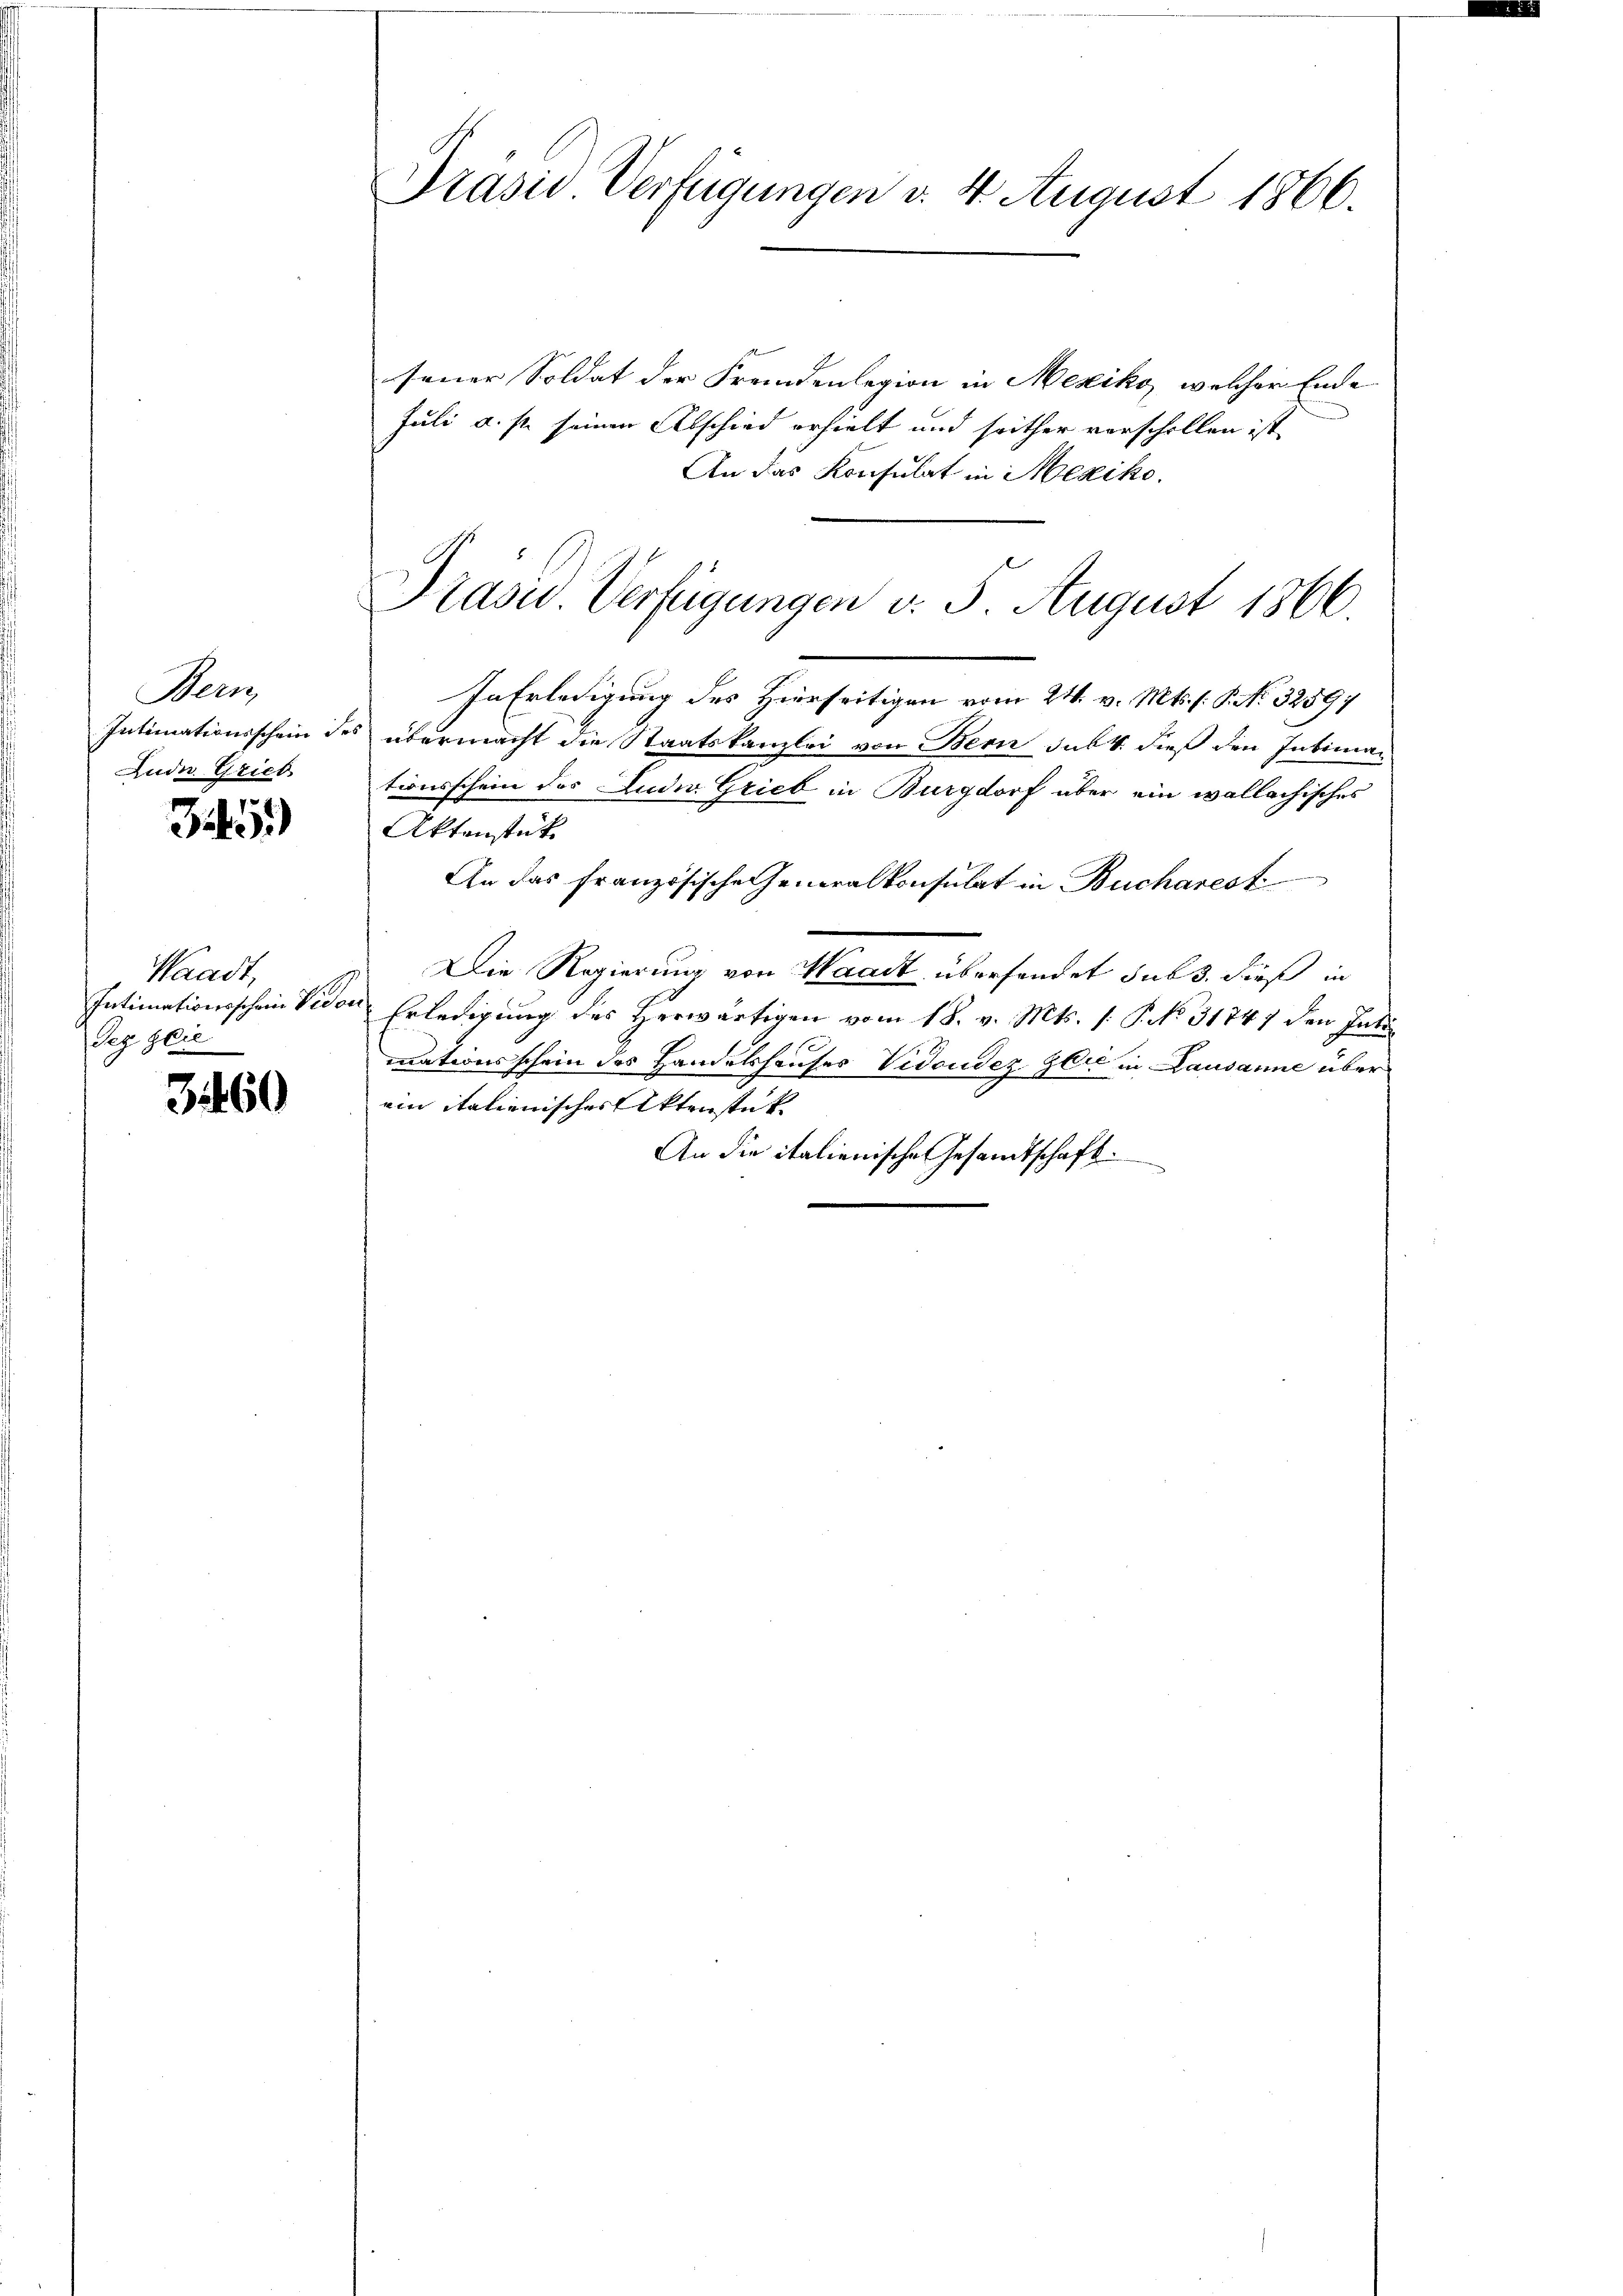
Bern
Intimationsschein de
Aude. Grieb

39)

Waadt,
Intimationsschein Vidor
Seg seie

3460

Präsid Verfügungen d. 4 August 1866.

Präsid. Verfügungen d. 5. August 1866.

seiner Soldat der Fremdenlegion in Mexiko, welcher Ende
Juli u. s. seinen Abschied erhielt und seither verschollen ist,
An das Konsulat in Mexiko
In Erledigung des Hierseitigen vom 24. v. Mts. (: P. Nr. 3259;
übermacht die Staatskanzlei von Bern sub 1. dieß den Intimationsschein des Luder Grieb in Burgdorf über ein wallachisches
Aktenstück
An das französische Generalkonsulat in Bucharest
Die Regierung von Waadt übersendet sub 3. dieß in
 Erledigung des Herwärtigen vom 18. v. Mts. (: P. No. 31747 den Intimationsschein des Handelshauses Vidoudez Glie in Lausanne über
ein italienischer Aktenstück
An die italienische Gesandtschaft